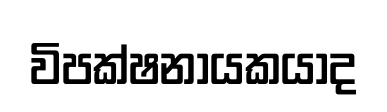
විපක්ෂනායකයාද